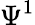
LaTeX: \Psi^{1}